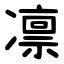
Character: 凛